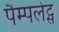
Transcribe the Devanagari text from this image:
पैम्पलेट्स